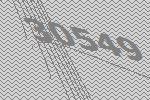
30549